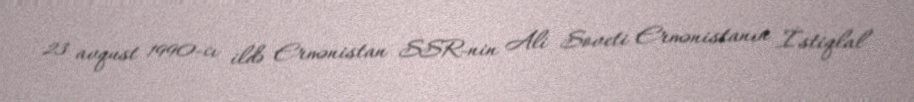
23 avqust 1990-cı ildə Ermənistan SSR-nin Ali Soveti Ermənistanın İstiqlal